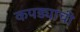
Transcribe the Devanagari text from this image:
कपड्याची